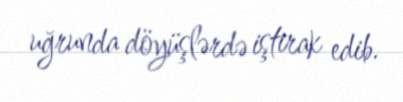
uğrunda döyüşlərdə iştirak edib.